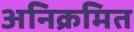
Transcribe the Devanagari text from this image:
अनिक्रमित